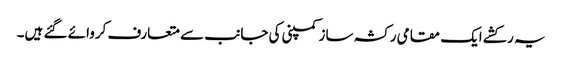
یہ رکشے ایک مقامی رکشہ ساز کمپنی کی جانب سے متعارف کروائے گئے ہیں۔